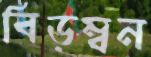
বিড়ম্বন